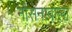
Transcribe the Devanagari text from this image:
नौसेनावाला